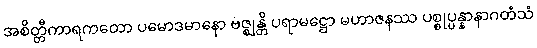
အစိတ္တီကာရကတော ပမောဒမာနော ဗဇ္ဈန္တိ ပရာမဋ္ဌော မဟာဇနဿ ပစ္စုပ္ပန္နာနာဂတံသံ